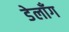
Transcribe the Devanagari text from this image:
डेलाँग